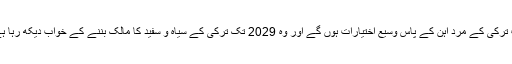
اب ترکی کے مرد آہن کے پاس وسیع اختیارات ہوں گے اور وہ 2029 تک ترکی کے سیاہ و سفید کا مالک بننے کے خواب دیکھ رہا ہے۔